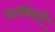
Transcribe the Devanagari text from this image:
प्रार्थनाऐं